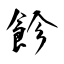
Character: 飻